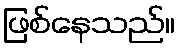
ဖြစ်နေသည်။